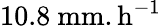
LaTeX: \mathrm{10.8~mm.h^{-1}}